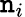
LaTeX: \mathtt{n}_{i}